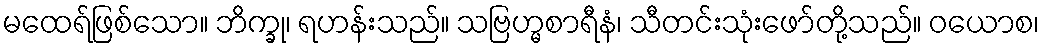
မထေရ်ဖြစ်သော။ ဘိက္ခု၊ ရဟန်းသည်။ သဗြဟ္မစာရီနံ၊ သီတင်းသုံးဖော်တို့သည်။ ဝယောစ၊